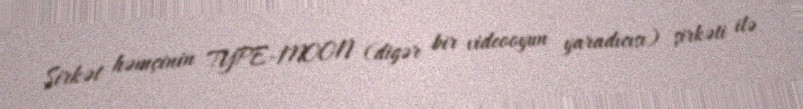
Şirkət həmçinin TYPE-MOON (digər bir videooyun yaradıcısı) şirkəti ilə